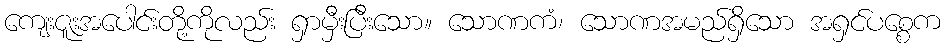
ကျေးဇူးအပေါင်းတို့ကိုလည်း ရှာမှီးပြီးသော။ သောဏကံ၊ သောဏအမည်ရှိသော အရှင်ပစ္စေက